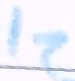
Text: I2